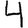
Digit: 4